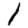
Digit: 1